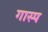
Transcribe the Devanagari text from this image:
गास्प